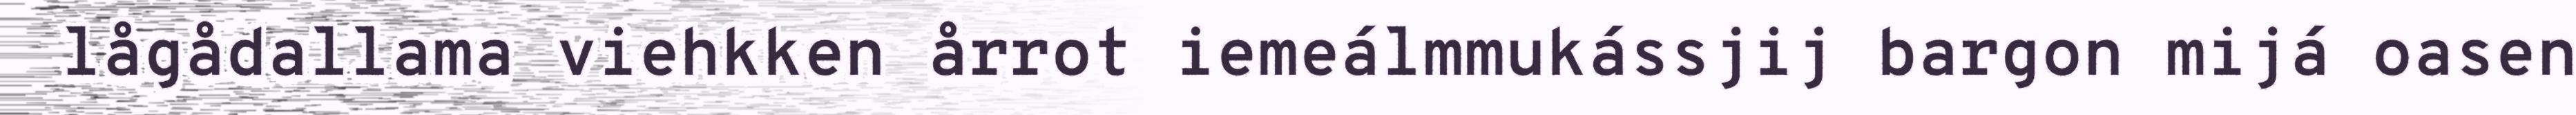
lågådallama viehkken årrot iemeálmmukássjij bargon mijá oasen